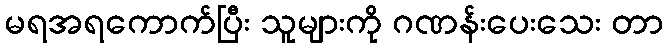
မရအရကောက်ပြီး သူများကို ဂဏန်းပေးသေး တာ